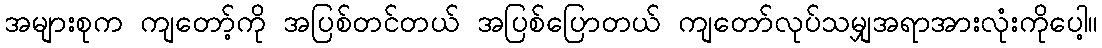
အများစုက ကျတော့်ကို အပြစ်တင်တယ် အပြစ်ပြောတယ် ကျတော်လုပ်သမျှအရာအားလုံးကိုပေါ့။